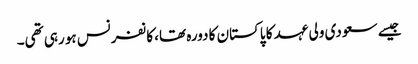
جیسے سعودی ولی عہد کا پاکستان کا دورہ تھا، کانفرنس ہو رہی تھی۔